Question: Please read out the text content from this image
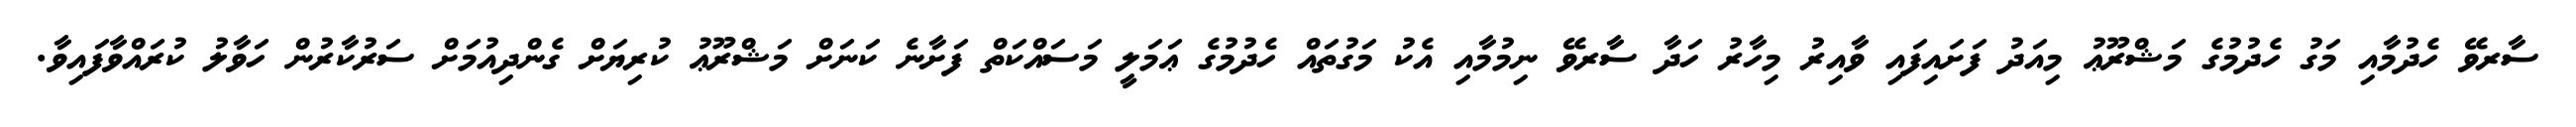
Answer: ސާރވޭ ހެދުމާއި މަގު ހެދުމުގެ މަޝްރޫޢު މިއަދު ފަށައިފައި ވާއިރު މިހާރު ހަދާ ސާރވޭ ނިމުމާއި އެކު މަގުތައް ހެދުމުގެ ޢަމަލީ މަސައްކަތް ފަށާނެ ކަނަށް މަޝްރޫޢު ކުރިޔަށް ގެންދިއުމަށް ސަރުކާރުން ހަވާލު ކުރައްވާފައިވާ.